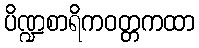
ပိဏ္ဍစာရိကဝတ္တကထာ